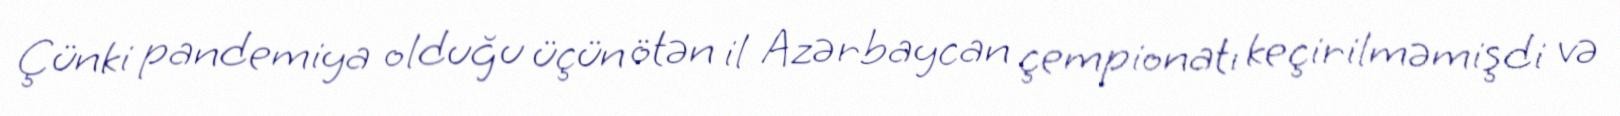
Çünki pandemiya olduğu üçün ötən il Azərbaycan çempionatı keçirilməmişdi və